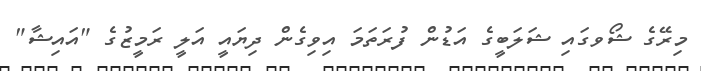
މިރޭގެ ޝޯވގައި ޝަލަބީގެ އަޑުން ފުރަތަމަ އިވިގެން ދިޔައީ އަލީ ރަމީޒުގެ "އައިޝާ"